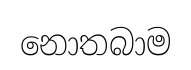
නොතබාම